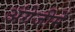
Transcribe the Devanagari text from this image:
अंग्रेजीमें